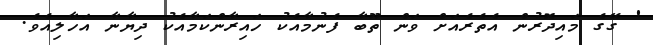
' ގޭގެ މައިދޮރުން އެތެރެއަށް ވަން ތޫބާ ފެނުމާއެކު ހައިރާންކަމާއެކު ދިޔާނާ އަހާލިއެވެ.